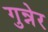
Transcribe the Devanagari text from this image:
गुन्नेर